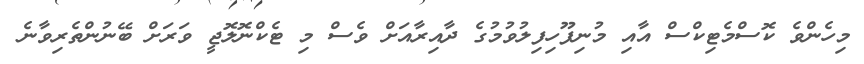
މިހެންވެ ކޮސްމެޓިކްސް އާއި މުނިފޫހިފިލުވުުމުގެ ދާއިރާއަށް ވެސް މި ޓެކްނޮލޮޖީ ވަރަށް ބޭނުންތެރިވާނެ